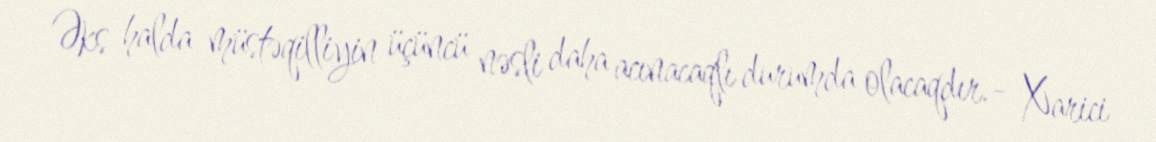
Əks halda müstəqilliyin üçüncü nəsli daha acınacaqlı durumda olacaqdır.- Xarici